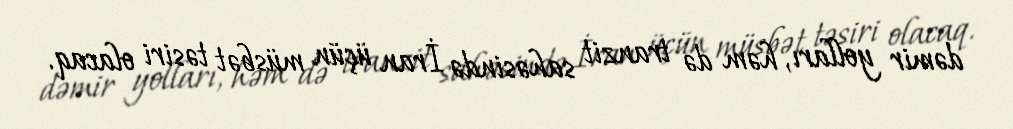
dəmir yolları, həm də tranzit sahəsində İran üçün müsbət təsiri olacaq.